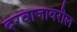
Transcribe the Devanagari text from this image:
दरवाजावरील